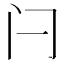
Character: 闩